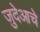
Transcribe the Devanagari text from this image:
जुदेआचे